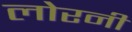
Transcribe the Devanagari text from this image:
लोरनी